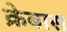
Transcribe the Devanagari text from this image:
क्रेबास